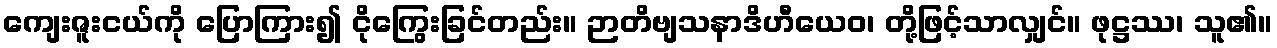
ကျေးဇူးငယ်ကို ပြောကြား၍ ငိုကြွေးခြင်တည်း။ ဉာတိဗျသနာဒိဟီယေဝ၊ တို့ဖြင့်သာလျှင်။ ဖုဋ္ဌဿ၊ သူ၏။